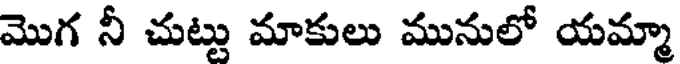
మొగ నీ చుట్టు మాకులు మునులో యమ్మా